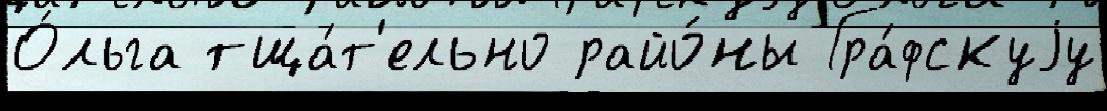
О́льга тща́т'ельно райо́ны Гра́фскуjу